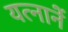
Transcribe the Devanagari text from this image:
यत्नानें